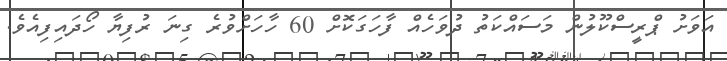
އަވަށު ޕްރީސްކޫލުން މަސައްކަތު ދުވަހެއް ފާހަގަކޮށް 60 ހާހަށްވުރެ ގިނަ ރުފިޔާ ހޯދައިފިއެވެ.